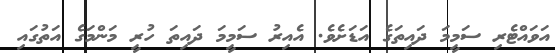
އަވައްޓެރި ސަމީމަ ދައިތަގެ އަޑަށެވެ. އެއިރު ސަމީމަ ދައިތަ ހުރީ މަންމަގެ އަތުގައި